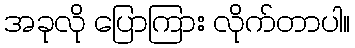
အခုလို ပြောကြား လိုက်တာပါ။